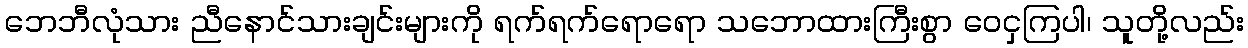
ဘေဘီလုံသား ညီနောင်သားချင်းများကို ရက်ရက်ရောရော သဘောထားကြီးစွာ ဝေငှကြပါ၊ သူတို့လည်း